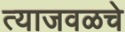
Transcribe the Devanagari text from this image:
त्याजवळचे